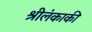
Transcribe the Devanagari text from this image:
श्रीलंकाकी